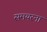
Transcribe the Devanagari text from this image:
समयरना